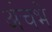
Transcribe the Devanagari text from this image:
अंचभे